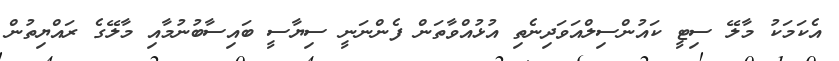
އެކަމަކު މާލޭ ސިޓީ ކައުންސިލްއަވަދިނެތި އުޅުއްވާތަން ފެންނަނީ ސިޔާސީ ބައިސާބުނުމާއި މާލޭގެ ރައްޔިތުން